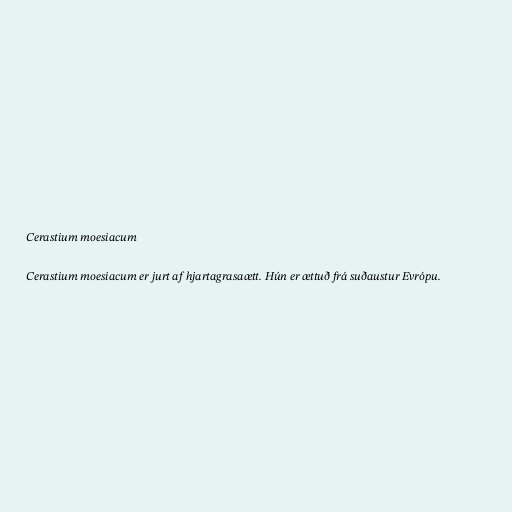
Cerastium moesiacum

Cerastium moesiacum er jurt af hjartagrasaætt. Hún er ættuð frá suðaustur Evrópu.